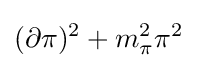
(\partial \pi )^{2}+m_{\pi }^{2}\pi ^{2}